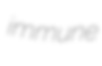
immune